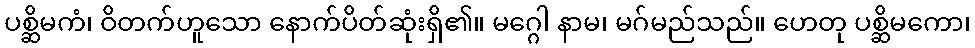
ပစ္ဆိမကံ၊ ဝိတက်ဟူသော နောက်ပိတ်ဆုံးရှိ၏။ မဂ္ဂေါ နာမ၊ မဂ်မည်သည်။ ဟေတု ပစ္ဆိမကော၊